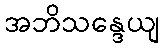
အဘိသန္ဒေယျ